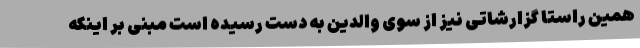
همین راستا گزارشاتی نیز از سوی والدین به دست رسیده است مبنی بر اینکه